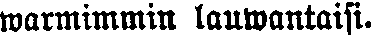
warmimmin lauwantaisi.